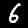
Digit: 6